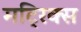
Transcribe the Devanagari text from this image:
मट्रिक्स